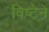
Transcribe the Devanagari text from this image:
विष्टेने